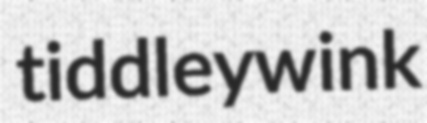
tiddleywink